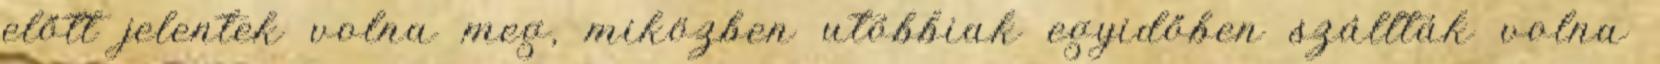
előtt jelentek volna meg, miközben utóbbiak egyidőben szállták volna